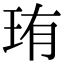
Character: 珛